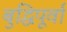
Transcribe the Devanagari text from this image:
बुद्धिपूर्वा